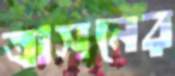
ত্রাসনের